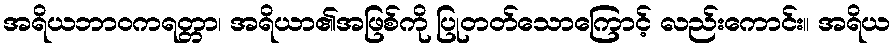
အရိယဘာဝကရတ္တာ၊ အရိယာ၏အဖြစ်ကို ပြုတတ်သောကြောင့် လည်းကောင်း။ အရိယ